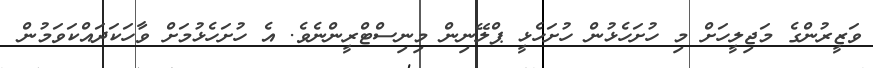
ވަޒީރުންގެ މަޖިލީހަށް މި ހުށަހެޅުން ހުށަހެޅީ ޕްލޭނިން މިނިސްޓްރީންނެވެ. އެ ހުށަހެޅުމަށް ވާހަކަދައްކަވަމުން